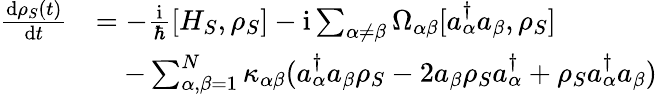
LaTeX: \begin{array}{rl}{\frac{\mathrm{d}\rho_{S}(t)}{\mathrm{d}t}}&{=-\frac{\mathrm{i}}{\hbar}[H_{S},\rho_{S}]-\mathrm{i}\sum_{\alpha\neq\beta}\Omega_{\alpha\beta}[a_{\alpha}^{\dagger}a_{\beta},\rho_{S}]}\\ &{\quad-\sum_{\alpha,\beta=1}^{N}\kappa_{\alpha\beta}(a_{\alpha}^{\dagger}a_{\beta}\rho_{S}-2a_{\beta}\rho_{S}a_{\alpha}^{\dagger}+\rho_{S}a_{\alpha}^{\dagger}a_{\beta})}\end{array}